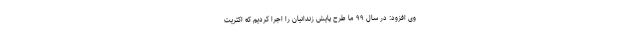
وی افزود: در سال ۹۹ ما طرح پایش زندانیان را اجرا کردیم که اکثریت